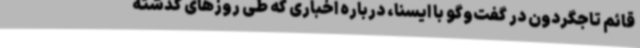
قائم تاجگردون در گفت‌وگو با ایسنا، درباره اخباری که طی روزهای گذشته